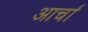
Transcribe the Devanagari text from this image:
आर्चा